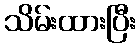
သိမ်းထားပြီး